Vaccination North-Western Provinces 1866-1877 - 1866-1877
Year: 1866
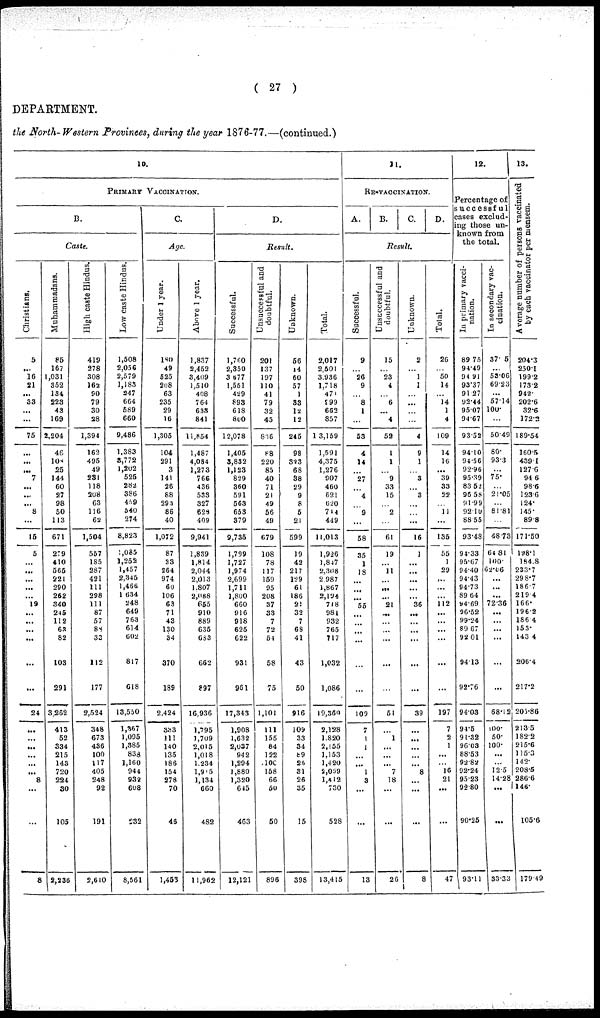
( 27 )
DEPARTMENT.
the North-Western Provinces, during the year 1876-77.—(continued.)
10.
PRIMARY VACCINATION.
B.
Caste.
Christians.
5
...
16
21
...
33
...
...
75
...
...
...
7
...
...
...
8
...
15
5
...
...
...
...
...
19
...
...
...
...
...
...
24
...
...
...
...
...
8
...
...
8
Muhammadans.
85
167
1,031
352
134
223
43
169
2,204
46
108
25
144
60
27
98
50
113
671
279
410
565
221
290
262
340
245
112
63
82
103
291
3,262
413
52
334
215
143
720
224
30
105
2,236
High caste Hindus.
419
278
308
162
90
79
30
28
1,394
162
495
49
231
118
208
63
116
62
1,504
557
185
287
421
111
298
111
87
57
88
33
112
177
2,524
348
673
436
100
117
405
248
92
191
2,610
Low caste Hindus.
1,508
2,056
2,579
1,183
247
664
589
660
9,486
1,383
3,772
1,202
525
282
386
459
540
274
8,823
1,085
1,252
1,457
2,345
1,466
1,634
248
649
763
614
602
817
618
13,550
1,367
1,095
1,385
838
1,160
944
932
608
232
8,561
C.
Age.
Under 1 year.
180
49
525
208
63
235
29
16
1,305
104
291
3
141
26
88
293
86
40
1,072
87
33
264
974
60
106
63
71
43
130
34
370
189
2,424
333
111
140
135
186
154
278
70
46
1,453
Above 1 year.
1,837
2,452
3,409
1,510
408
764
638
841
11,854
1,487
4,084
1,273
766
436
533
327
628
409
9,941
1,839
1,814
2,044
2,013
1,807
2,088
655
910
889
635
683
662
897
16,936
1,795
1,709
2,015
1,018
1,234
1,915
1,134
660
482
11,962
D.
Result.
Successful.
1,760
2,350
3,677
1,561
429
893
618
800
12,078
1,405
3,832
1,123
829
360
591
563
653
379
9,735
1,799
1,727
1,974
2,699
1,711
1,800
660
916
918
625
622
931
961
17,343
1,908
1,632
2,037
942
1,294
1,880
1,320
645
463
12,121
Unsuccessful and
doubtful.
201
137
197
110
41
79
32
45
836
88
220
85
40
71
21
49
56
49
679
108
78
117
159
95
208
37
33
7
72
54
58
75
1,101
111
155
84
122
106
158
66
60
50
896
Unknown.
56
14
60
57
1
33
12
12
245
98
333
68
38
29
9
8
5
21
599
19
42
217
129
61
186
21
32
7
68
41
43
50
916
109
33
34
89
26
31
26
35
15
398
Total.
2,017
2,501
3,936
1,718
471
999
662
857
13,159
1,591
4,375
1,276
907
460
621
620
714
449
11,013
1,926
l,847
2,308
2,987
1,867
2,194
718
981
932
765
717
1,032
1,086
19,360
2,128
1,820
2,155
1,153
1,420
2,069
1,412
730
528
13,415
11.
RE-VACCINATION.
A.
B.
C. D.
Result.
Successful.
9
...
26
9
...
8
1
...
53
4
14
...
27
...
4
...
9
...
58
35
1
18
...
...
...
55
...
...
...
...
...
...
109
7
1
1
...
...
1
3
...
...
13
Unsuccessful and
doubtful.
15
...
23
4
...
6
...
4
52
1
1
...
9
33
15
...
2
...
61
19
...
11
...
...
...
21
...
...
...
...
...
51
...
1
...
...
...
7
18
...
...
26
Unknown.
2
...
1
1
...
...
...
...
4
9
1
...
3
...
3
...
...
...
16
1
...
...
...
...
...
36
...
...
...
...
...
...
39
...
...
...
...
...
8
...
...
...
8
Total.
26
...
50
14
...
14
1
4
109
14
16
...
39
33
22
...
11
...
135
55
1
29
...
...
...
112
...
...
...
...
...
...
197
7
2
1
...
...
16
21
...
...
47
12.
Percentage of
successful
cases exclud-
ing those un-
known from
the total.
In primary vacci-
nation.
89.75
94.49
94.91
93.37
91.27
92.44
95.07
94.67
93.52
94.10
94.56
92.96
95.39
83.52
96.58
91.99
92.10
88.55
93.48
94.33
95.67
94.40
94.43
94.73
89.64
94.69
96.52
99.24
89.67
92.01
94.13
92.76
94.03
94.5
91.32
96.03
88.53
92.82
92.24
95.23
92.80
90.25
93.11
In secondary vac-
cination.
37.5
...
53.06
69.23
...
57.14
100.
...
50.49
80.
93.3
...
75.
...
21.05
...
81.81
...
48.73
64.81
100.
62.06
...
...
...
72.36
...
...
...
...
...
...
68.12
100.
50.
100.
...
...
12.5
14.28
...
...
33.33
13.
Average number of persons vaccinated
by each vaccinator per mensem.
204.3
250.1
199.2
173.2
942.
202.6
32.6
172.2
189.54
160.5
439.1
127.6
94.6
98.6
123.6
124.
145.
89.8
171.50
198.1
184.8
233.7
298.7
186.7
219.4
166.
196.2
186.4
153.
143.4
206.4
217.2
205.86
213.5
182.2
215.6
115.3
142.
208.5
286.6
146.
105.6
179.49